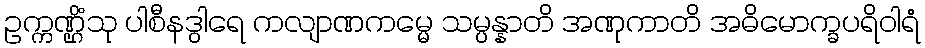
ဥက္ကဏ္ဌိံသု ပါစီနဒွါရေ ကလျာဏကမ္မေ သမ္ပန္နာတိ အဏုကာတိ အဓိမောက္ခပရိဝါရံ